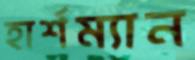
হার্শম্যান